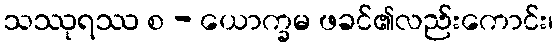
သဿုရဿ စ - ယောက္ခမ ဖခင်၏လည်းကောင်း၊